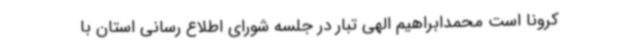
کرونا است محمدابراهیم الهی تبار در جلسه شورای اطلاع رسانی استان با